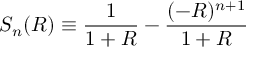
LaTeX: S _ { n } ( R ) \equiv \frac { 1 } { 1 + R } - \frac { ( - R ) ^ { n + 1 } } { 1 + R }